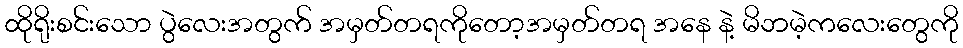
ထိုရိုးစင်းသော ပွဲလေးအတွက် အမှတ်တရကိုတော့အမှတ်တရ အနေ နဲ့ မိဘမဲ့ကလေးတွေကို